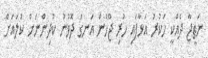
ނަތީޖާ ދެއްކީ ހަކުރު އަޅާފައި ހުރި ޖޫހުން އަނގަ ދޮވުނު ކުދިންނަށް ކުލައަށް